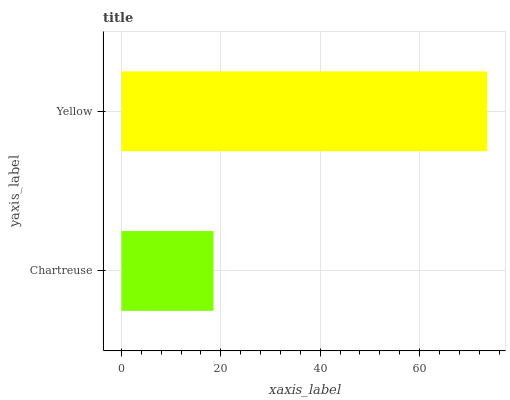
| yaxis_label | bars |
 | --- | --- |
 | Chartreuse | 18.5 |
 | Yellow | 73.6 |